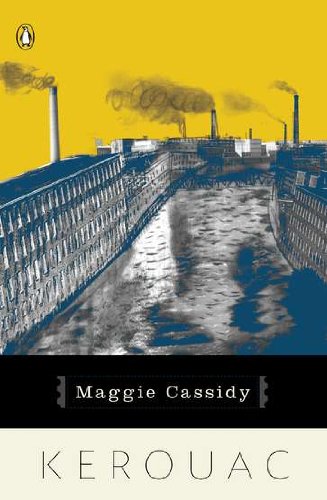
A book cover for Maggie Cassidy; Jack Kerouac; Literature & Fiction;